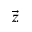
\vec { z }